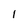
Character: l